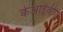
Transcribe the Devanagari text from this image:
केआईवीए